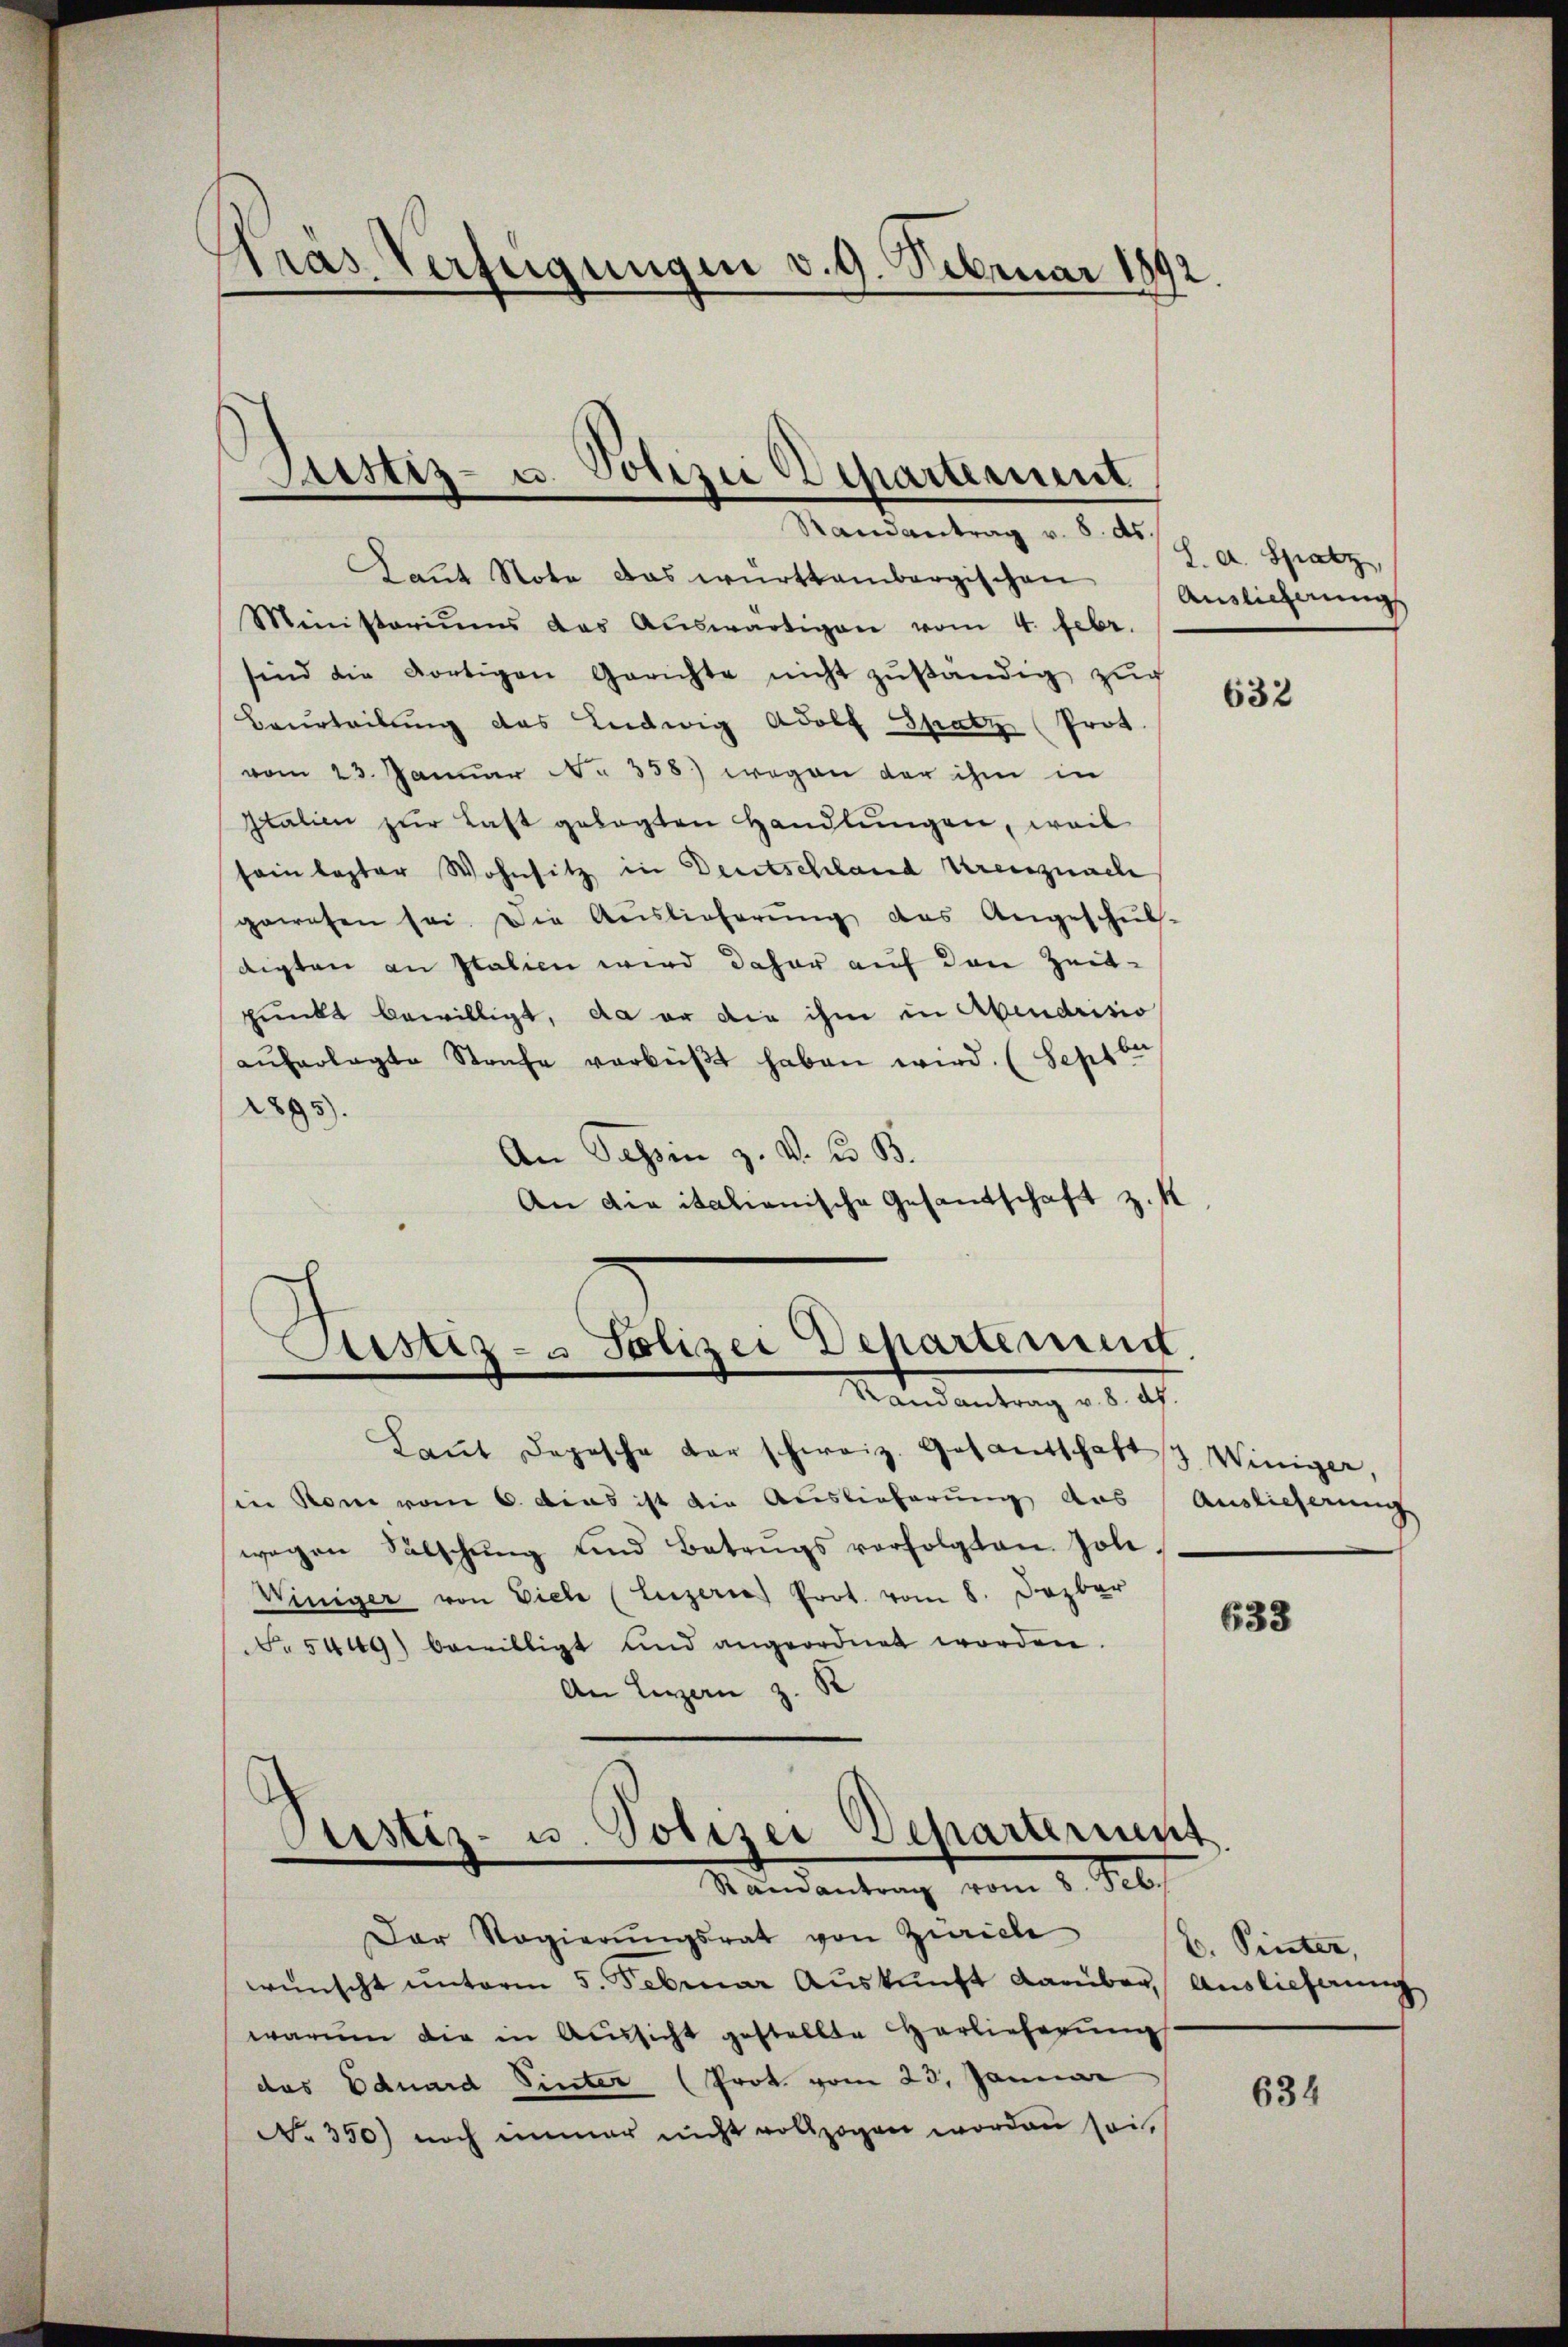
Pras. Verfügungen v. 9. Februar 18
2.

Justiz- u. Polizei Departement
Randantrag v. 8. ds.

Laut Note das württembergischen
Ministoriŭms das Aŭswärtigen vom 4. Febr.
sind die dortigen Gerichte nicht zŭständig zŭr
Beurteilung des Ludwig Adolf Spatz (Prot.
vom 23. Januar No. 358.) wegen der ihm in
Italien zur Last gelegten Handlungen, weil
sein lezter Wohnsitz in Deutschland Urenznach
gewesen sei. Die Auslieferŭng des Angeschŭl-
digten an Italien wird daher auf den Zeitpunkt bewilligt, da er die ihm in Abendrisio
aŭferlegte Strafe verbeiβt haben wird. (Sept ber
2895).
An Tessin z. v. K. B.
An die italienische Gesandtschaft z. K
Sistiz- & Polizei Departemen
Mandantrag d d. 21.
Laŭt Depesche der schweiz. Gesantschaft 3 Winiger,
in Rom vom 6. das ist die Auslieferung aus Auslieferung
wegen Salschŭng und Betrugs verfolgten. Joli-
Winiger von Viele (Luzerne Prot. vom 8. Dezber
Nr. 5449) bewilligt und angeordnet worden.
An Legern z. B
d
Justiz- u. Polizei Departerint
.

Randantrag vom 8. Feb.

Der Regierŭngsrat von Zürich
wünscht unterm 5. Februar Auskunft Ramber,
warum die in Aussicht gestellte Herlieferung
das Eduard Pinter (Prot. vom 23. Januar
No 350) noch immer nicht vollzogen worden sei,

S. A. Spatz
Auslicherung

632

633

C. Pinter,
Auslieferung

634